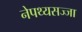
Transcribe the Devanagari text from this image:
नेपथ्यसज्जा